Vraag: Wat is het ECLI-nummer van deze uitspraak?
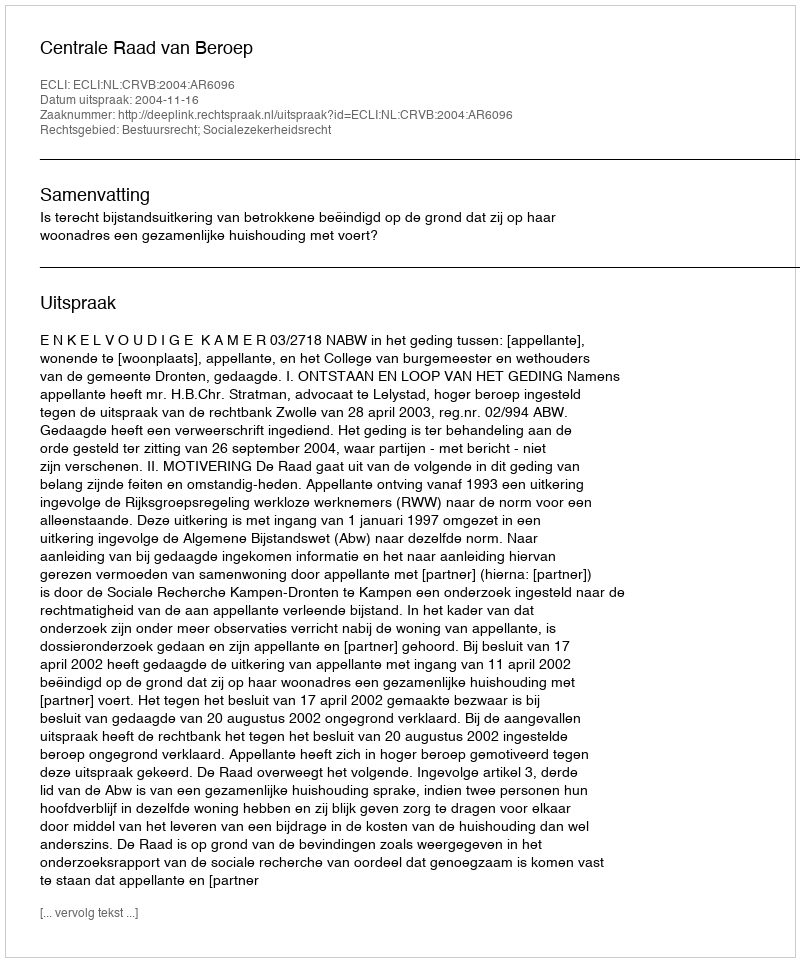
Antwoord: ECLI:NL:CRVB:2004:AR6096